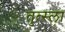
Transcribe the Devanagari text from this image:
तुत्स्ला